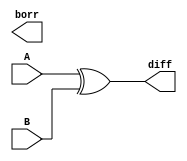
//dataflow modelling for Full Subtractor

module exp_df(diff, borr, A, B);
input A, B; output diff, borr;
assign diff = A^B;
assign Borr = ((~A)&B);
endmodule